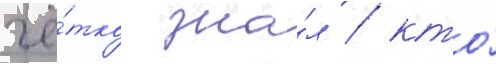
чё́тко зна́л / кто́